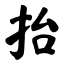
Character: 抬